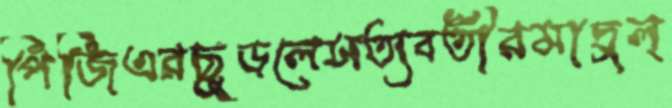
পিজিএরছুড়লেসত্যবতীরমাদুল্